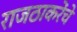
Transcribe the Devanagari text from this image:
राजठाकरेंचे